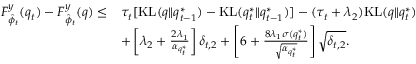
\begin{array} { r l } { F _ { \hat { \phi } _ { t } } ^ { y } ( q _ { t } ) - F _ { \hat { \phi } _ { t } } ^ { y } ( q ) \leq } & { \tau _ { t } [ \mathrm { K L } ( q \| q _ { t - 1 } ^ { * } ) - \mathrm { K L } ( q _ { t } ^ { * } \| q _ { t - 1 } ^ { * } ) ] - ( \tau _ { t } + \lambda _ { 2 } ) \mathrm { K L } ( q \| q _ { t } ^ { * } ) } \\ & { + \left[ \lambda _ { 2 } + \frac { 2 \lambda _ { 1 } } { \alpha _ { q _ { t } ^ { * } } } \right] \delta _ { t , 2 } + \left[ 6 + \frac { 8 \lambda _ { 1 } \sigma ( q _ { t } ^ { * } ) } { \sqrt { \alpha _ { q _ { t } ^ { * } } } } \right] \sqrt { \delta _ { t , 2 } } . } \end{array}